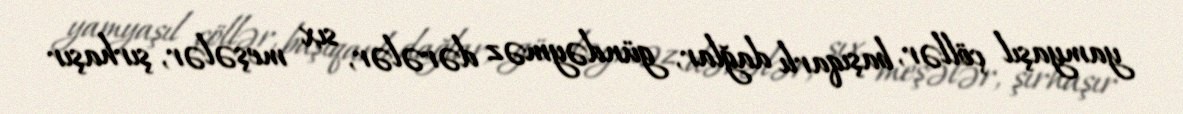
yamyaşıl çöllər, başıqarlı dağlar, gündəyməz dərələr, sıx meşələr, şırhaşır